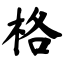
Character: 格